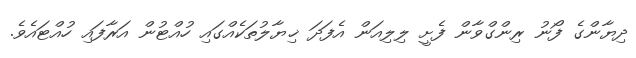
ދިޔާންގެ ފޯނު ރިންގްވާން ފެށީ ލިލިއަން އެފަދަ ޚިޔާލުތަކެއްގައި ހުއްޓުން އަރާފައި ހުއްޓައެވެ.